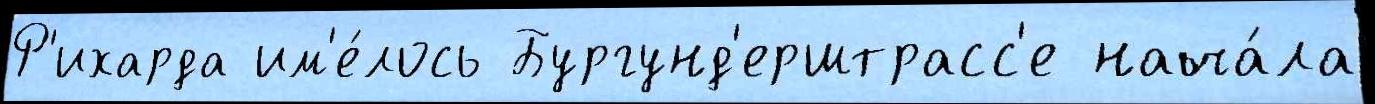
Р'ихарда им'е́лось Бургунд'ерштрасс'е нача́ла